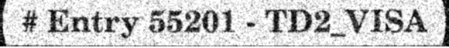
# Entry 55201 - TD2_VISA